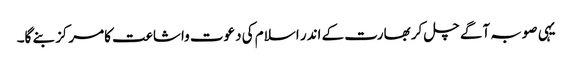
یہی صوبہ آگے چل کر بھارت کے اندر اسلام کی دعوت واشاعت کامرکز بنے گا۔